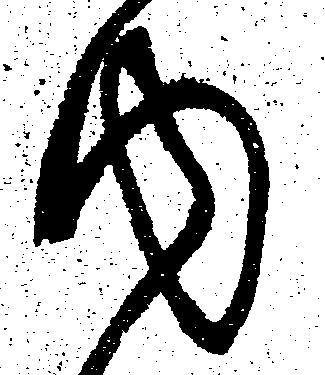
内